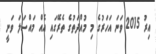
އިރު 2015 ވަނަ އަހަރުގެ މި މުއްދަތުގެ ތެރޭގައި އެއް މައްސަލަ ވަނީ